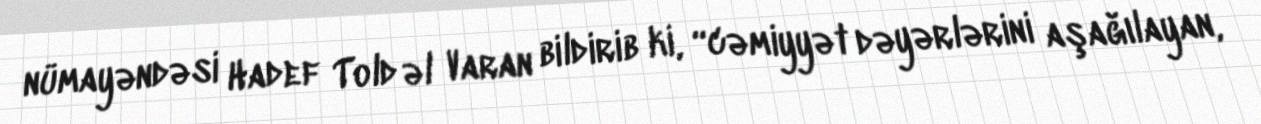
nümayəndəsi Hadef Told əl Varan bildirib ki, “cəmiyyət dəyərlərini aşağılayan,